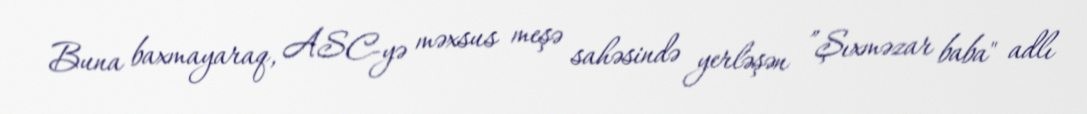
Buna baxmayaraq, ASC-yə məxsus meşə sahəsində yerləşən ”Şıxməzar baba" adlı